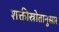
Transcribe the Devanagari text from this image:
शक्तीस्रोतानुसार